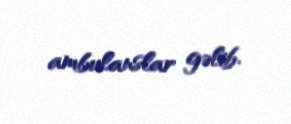
ambulanslar gəlib.